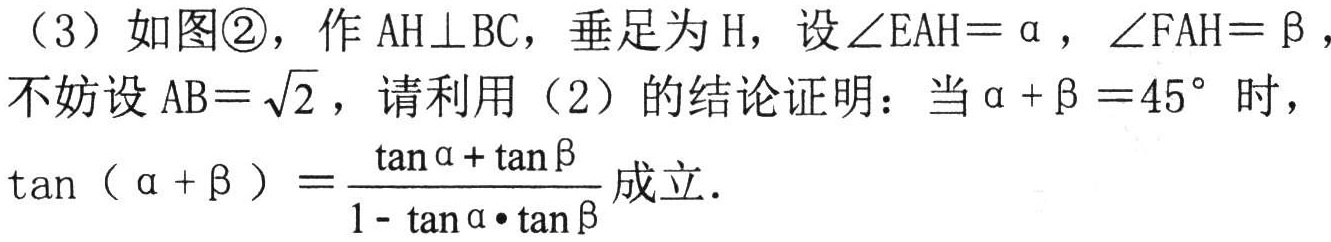
（3）如图\textcircled{2}，作 \(AH\perp BC\)，垂足为 \(H\)，设 \(\angle EAH = \alpha\)，\(\angle FAH = \beta\)，不妨设 \(AB = \sqrt{2}\)，请利用（2）的结论证明：当 \(\alpha+\beta = 45^{\circ}\) 时，\(\tan(\alpha + \beta)=\frac{\tan\alpha+\tan\beta}{1 - \tan\alpha\cdot\tan\beta}\) 成立．